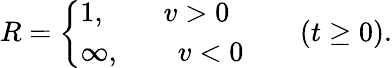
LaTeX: R=\left\{ \begin{array}{l}{{1,\qquad v>0}}\\ {{\infty,\qquad v<0}}\end{array}\right.\qquad(t\ge 0).